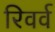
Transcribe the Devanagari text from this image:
रिवर्व